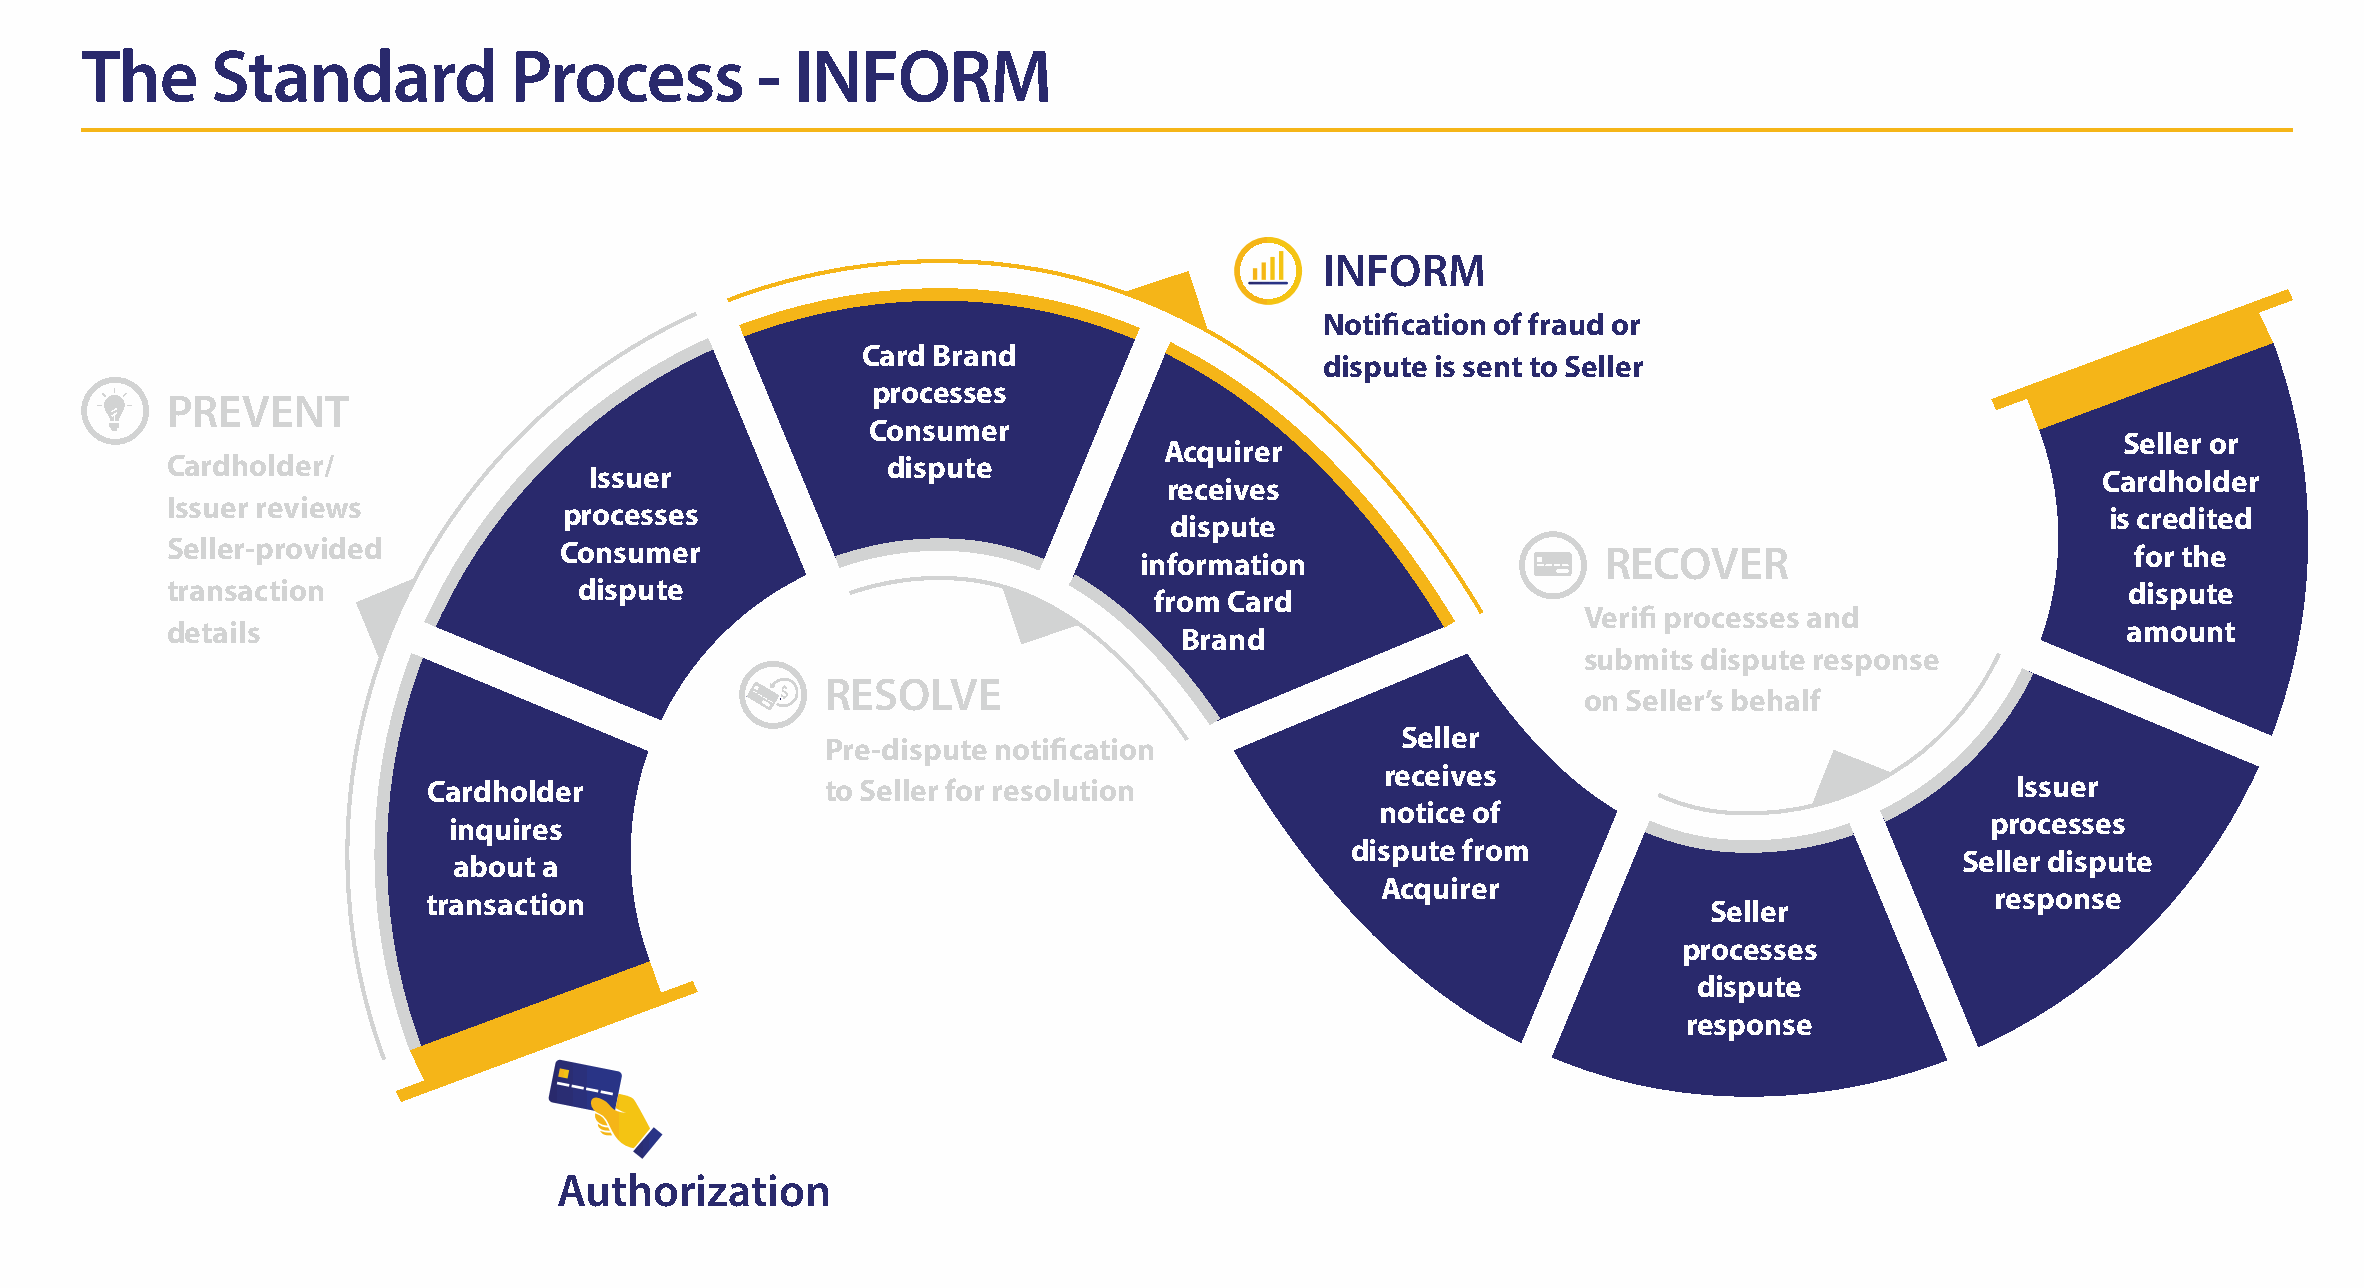
The      Standard            Process         -  INFORM
 INFORM
 Notification of fraud or
 Card Brand
 dispute is sent to Seller
 processes
 PREVENT
 Consumer
 Seller or
 Acquirer
 Cardholder/                                     dispute
 Issuer                                                                                              Cardholder
 receives
 Issuer reviews
 processes                                                                                              is credited
 dispute
 Seller-provided           Consumer                                                             RECOVER                            for the
 information
 transaction                dispute                                                                                                dispute
 from Card
 Verifi processes and
 details                                                                                                                           amount
 Brand
 submits dispute response
 RESOLVE
 on Seller’s behalf
 Seller
 Pre-dispute notification
 receives
 Cardholder                 to Seller for resolution                                                      Issuer
 notice of
 inquires                                                                                              processes
 dispute from
 about a                                                                                             Seller dispute
 Acquirer
 transaction                                                                                             response
 Seller
 processes
 dispute
 response
 Authorization